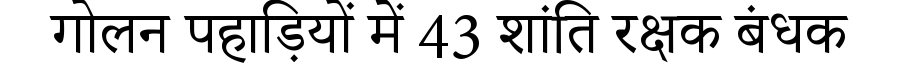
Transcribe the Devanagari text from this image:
गोलन पहाड़ियों में 43 शांति रक्षक बंधक